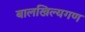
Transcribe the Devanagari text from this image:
बालखिल्यगण